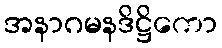
အနာဂမနဒိဋ္ဌိကော